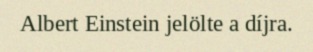
Albert Einstein jelölte a díjra.